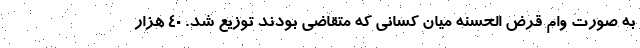
به صورت وام قرض الحسنه میان کسانی که متقاضی بودند توزیع شد. ۴۰ هزار